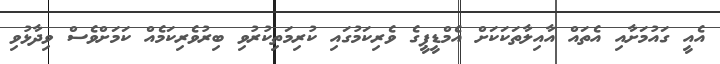
އެއީ ގައުމަށާއި އެތައް އާއިލާތަކަކަށް އެމްޑީޕީގެ ވެރިކަމުގައި ކުރިމަތިކުރުވި ބިރުވެރިކަމެއްް ކަމަށްްވެސް ވިދާޅުވި